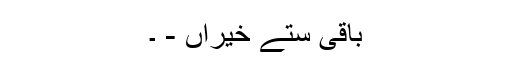
باقی ستے خیراں - ۔